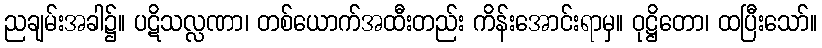
ညချမ်းအခါ၌။ ပဋိသလ္လဏာ၊ တစ်ယောက်အထီးတည်း ကိန်းအောင်းရာမှ။ ဝုဋ္ဌိတော၊ ထပြီးသော်။